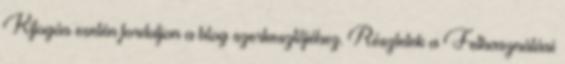
Kifogás esetén forduljon a blog szerkesztőjéhez. Részletek a Felhasználási